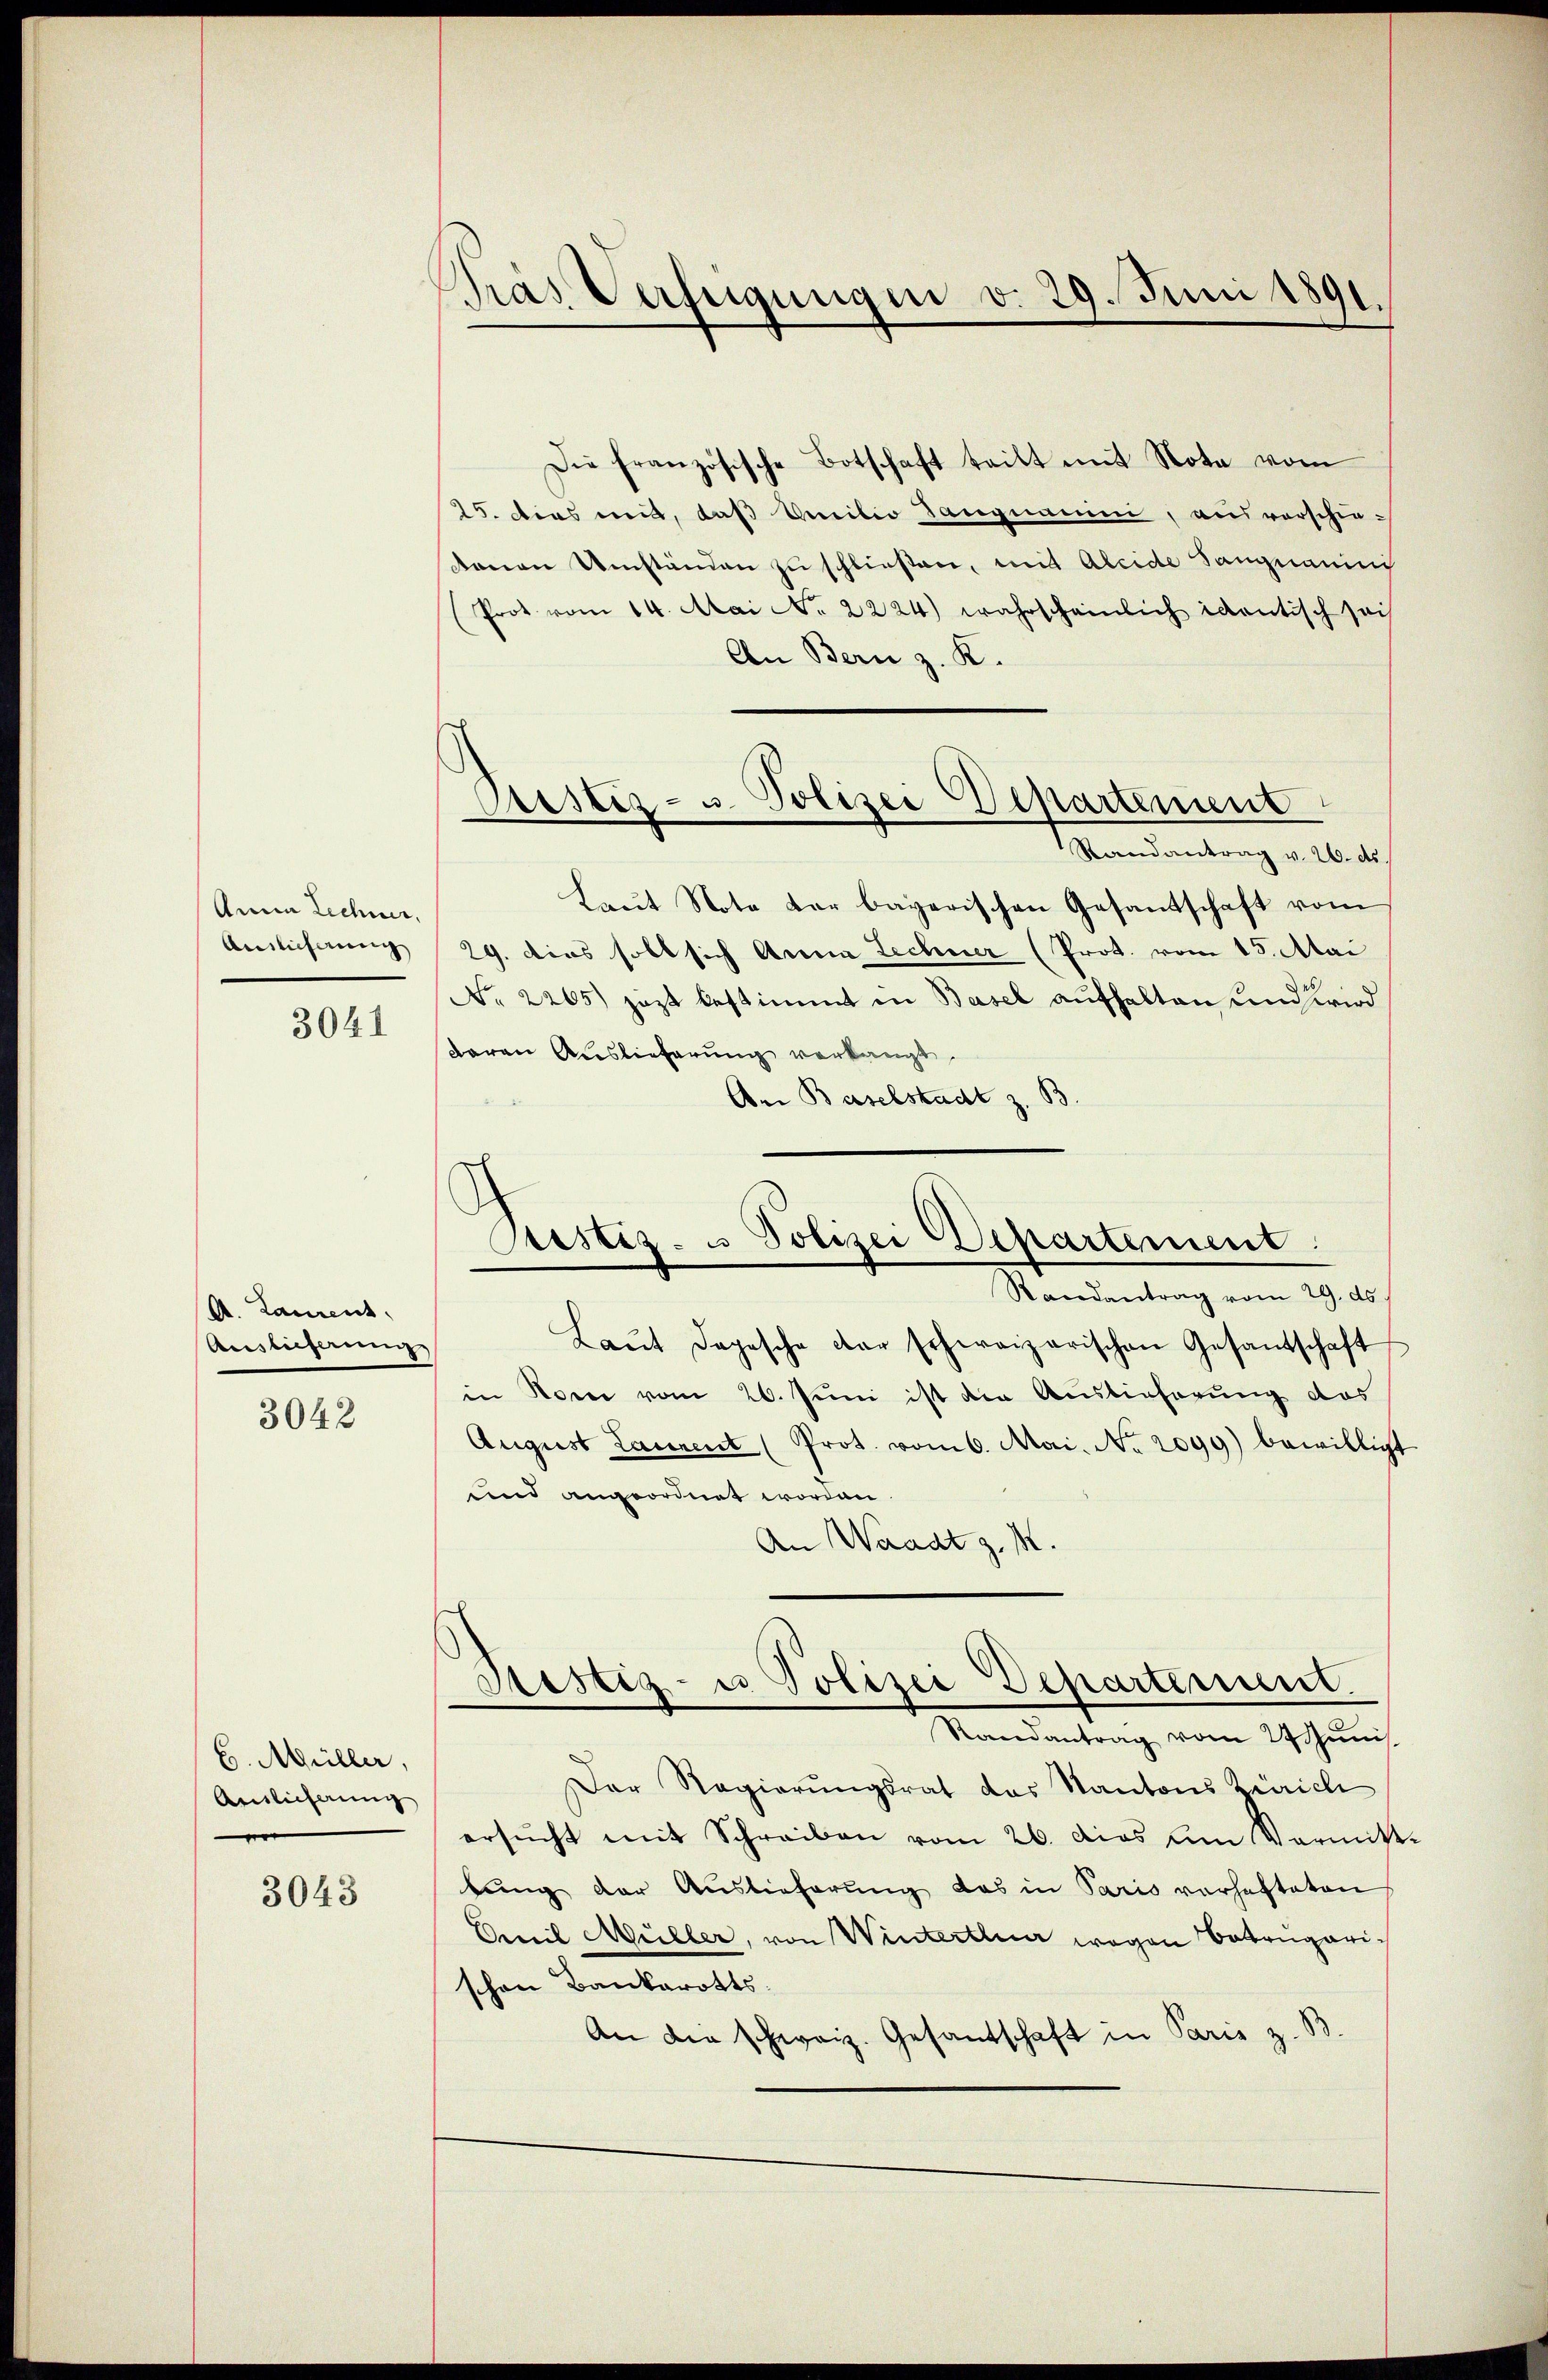
Anna Lechner,
Auslieferung

3041

A. Lament,
Auslieferung

3042

C. Müller,
Antlicherung
.

3043

dras Verfügungen v. 29. Juni 1891

Piestes- u. Polizei Departement

Die französische Botschaft teilt mit Note vom
15. Dies mit, daß Ancilio Langnauen, ausvorschiedenen Umständen zu schließen, mit Aleide Sangnamini
(Prot vom 14. Mai No. 2224) wahrscheinlich identisch sei
An Bern z. K.
Randantrag v. 26. ds
Laŭt Note der bayerischen Gesandschaft vom
29. dies soll sich Anna Lechner (Prot. vom 15. Mai
No 2265) jezt bestimmt in Basel aufhalten und wird
daran Auslieferung verlangt.
Am Baselstadt z. B.
Randantrag vom 29. ds.
Laŭt Depesche der schweizerischen Gesantschaft
in Nore vom 26. Juni ist die Auslieferung des
August Laurent (Prot. vom 6. Mai. No. 2099) bewilligt
und angeordnet worden.
An Waadt z. M.
Sistig- u Polizei Departement.
Randantrag vom 24 Juni
Der Regierungsrat das Kantons Zürich
ersŭcht mit Schreiben vom 26. das am Vormitt
bung der Auslieferung das in Paris verhafteten
Emil Müller, von Winterthur wegen Betrugarischon Bankarotts-
An die schweiz. Gesantschaft in Paris z. B.

Pustiz- u Polizei Departement.